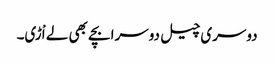
دوسری چیل دوسرا بچے بھی لے اْڑی۔